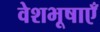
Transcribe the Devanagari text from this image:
वेशभूषाएँ